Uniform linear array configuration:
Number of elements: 48
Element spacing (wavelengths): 0.25
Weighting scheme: exponential
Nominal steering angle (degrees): -15
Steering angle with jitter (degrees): -16.802
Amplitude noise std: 0.05
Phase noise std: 0.05

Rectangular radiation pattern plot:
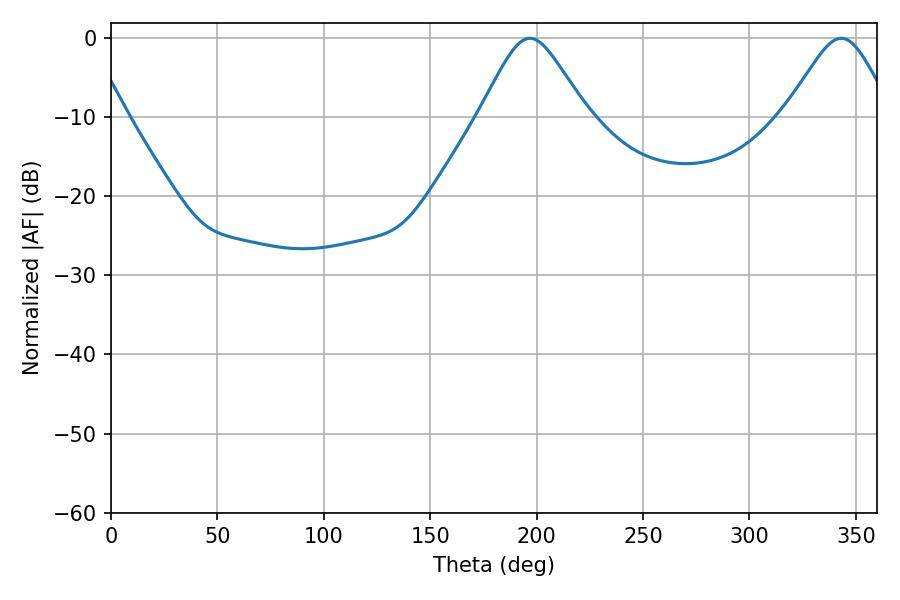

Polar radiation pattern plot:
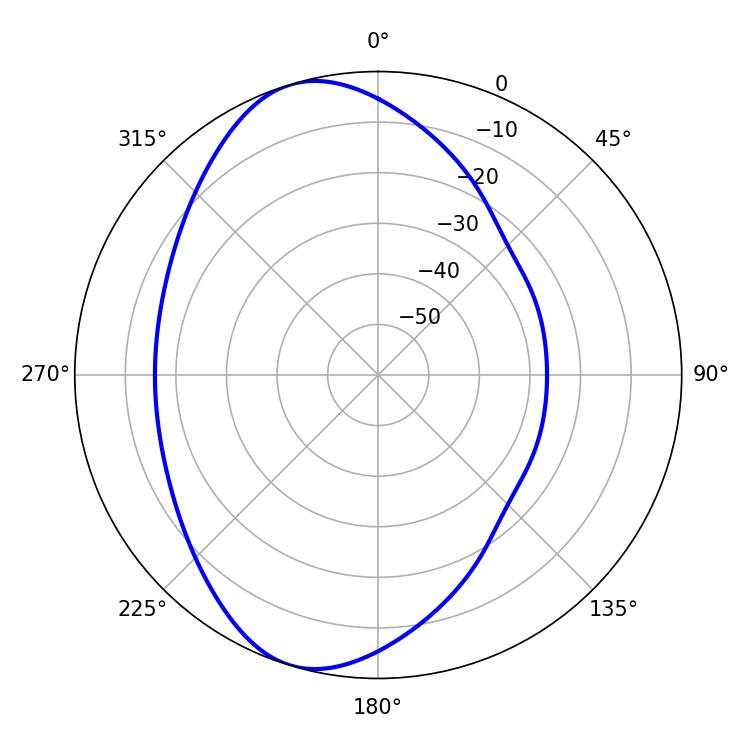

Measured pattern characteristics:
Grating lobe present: FALSE
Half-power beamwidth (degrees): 24.12
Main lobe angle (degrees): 196.92